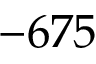
- 6 7 5